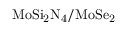
\mathrm { M o S i _ { 2 } N _ { 4 } / M o S e _ { 2 } }